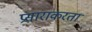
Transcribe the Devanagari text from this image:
प्रसाराकरता